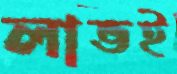
লাভই